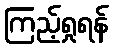
ကြည့်ရှုရန်